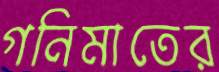
গনিমাতের